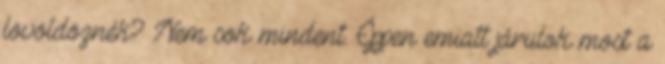
lövöldöznék? Nem sok mindent. Éppen emiatt járulok most a